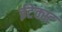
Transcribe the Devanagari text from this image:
ईटेक्स्ट